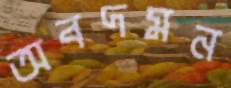
অবদমন